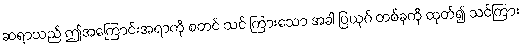
ဆရာသည် ဤအကြောင်းအရာကို စတင် သင် ကြားသော အခါ ပြယုဂ် တစ်ခုကို ထုတ်၍ သင်ကြား